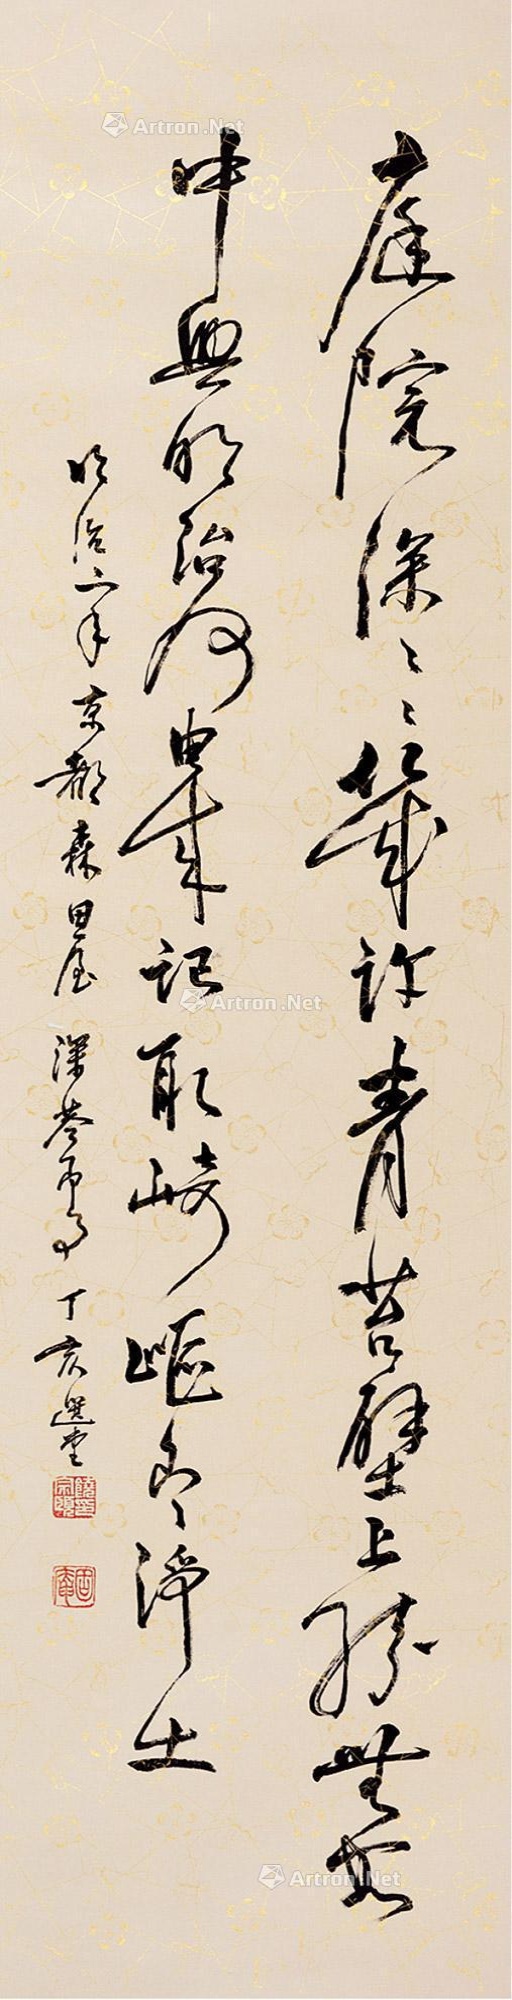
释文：庭院深深深几许，青苔壁上绿无安。中兴明治何由来，记取崎岖即净土。明治二年京都森田屋深巷即事，丁亥选堂。